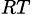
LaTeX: _{RT}